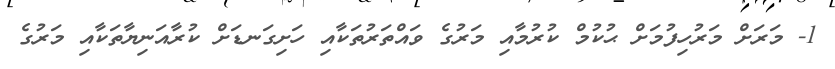
1- މަރަށް މަރުހިފުމަށް ޙުކުމް ކުރުމާއި މަރުގެ ވައްތަރުތަކާއި ހަށިގަނޑަށް ކުރާއަނިޔާތަކާއި މަރުގެ